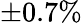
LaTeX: \pm 0.7\%